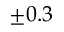
\pm 0 . 3